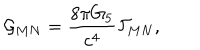
LaTeX: { \cal G } _ { M N } = { \frac { 8 \pi G _ { 5 } } { c ^ { 4 } } } { \cal T } _ { M N } ,